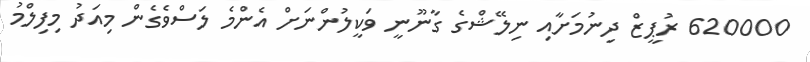
620000 ރުޕީޒް ދިނުމަށާއި ނިލޭޝްގެ ގާނޫނީ ވަކީލުންނަށް އެންމެ ލަސްވެގެން މިއަދު މިފިލްމު